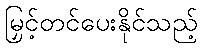
မြှင့်တင်ပေးနိုင်သည့်